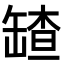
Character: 𦉆